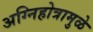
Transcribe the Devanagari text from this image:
अग्निहोत्रामुळे